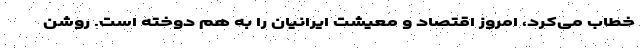
خطاب می‌کرد، امروز اقتصاد و معیشت ایرانیان را به هم دوخته است. روشن